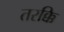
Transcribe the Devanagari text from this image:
तरक्कि